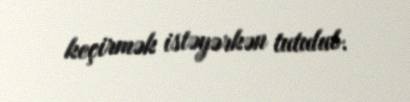
keçirmək istəyərkən tutulub.